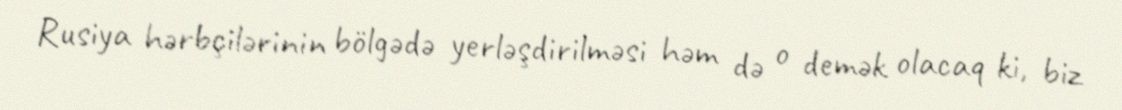
Rusiya hərbçilərinin bölgədə yerləşdirilməsi həm də o demək olacaq ki, biz